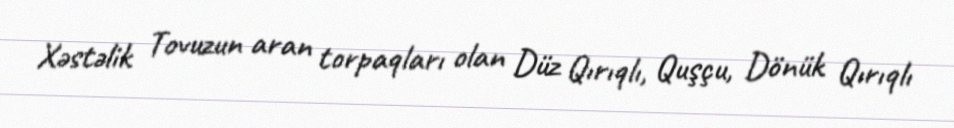
Xəstəlik Tovuzun aran torpaqları olan Düz Qırıqlı, Quşçu, Dönük Qırıqlı